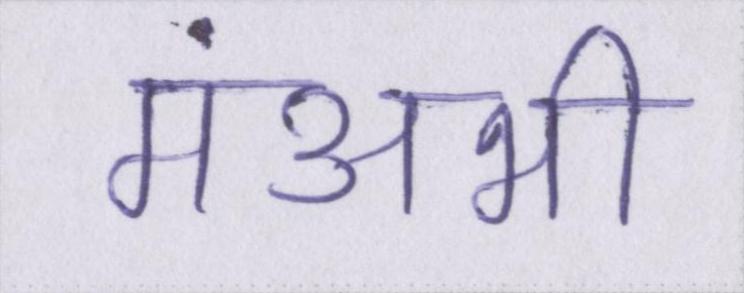
मंअभी